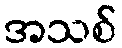
အသစ်